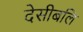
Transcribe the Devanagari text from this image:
देसीबलि